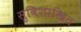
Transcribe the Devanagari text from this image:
सुविशाखित